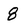
Character: 8